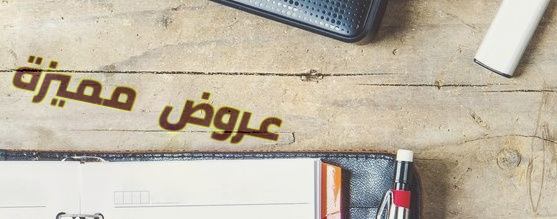
عروض مميزة